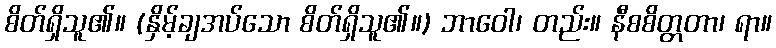
စိတ်ရှိသူ၏။ (နှိမ့်ချအပ်သော စိတ်ရှိသူ၏။) ဘာဝေါ၊ တည်း။ နီစစိတ္တတာ၊ ရာ။